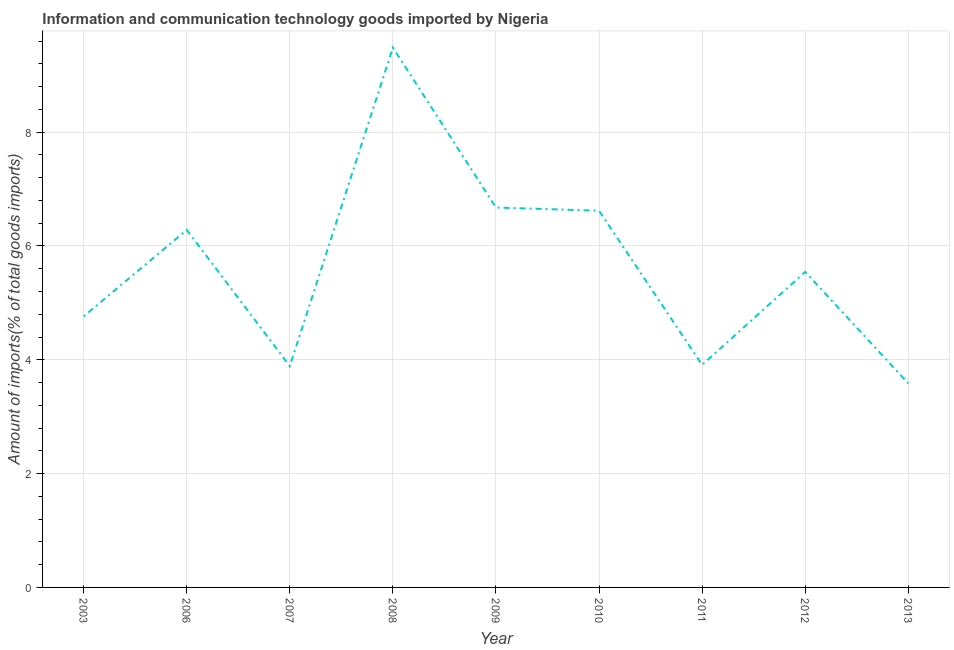
| Year | ICT goods imports |
 | --- | --- |
 | 2003 | 4.76 |
 | 2006 | 6.28 |
 | 2007 | 3.89 |
 | 2008 | 9.49 |
 | 2009 | 6.68 |
 | 2010 | 6.62 |
 | 2011 | 3.91 |
 | 2012 | 5.54 |
 | 2013 | 3.59 |